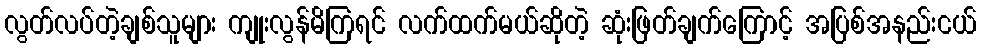
လွတ်လပ်တဲ့ချစ်သူများ ကျုးလွန်မိကြရင် လက်ထက်မယ်ဆိုတဲ့ ဆုံးဖြတ်ချက်ကြောင့် အပြစ်အနည်းငယ်